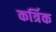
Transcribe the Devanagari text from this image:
कर्त्रिक